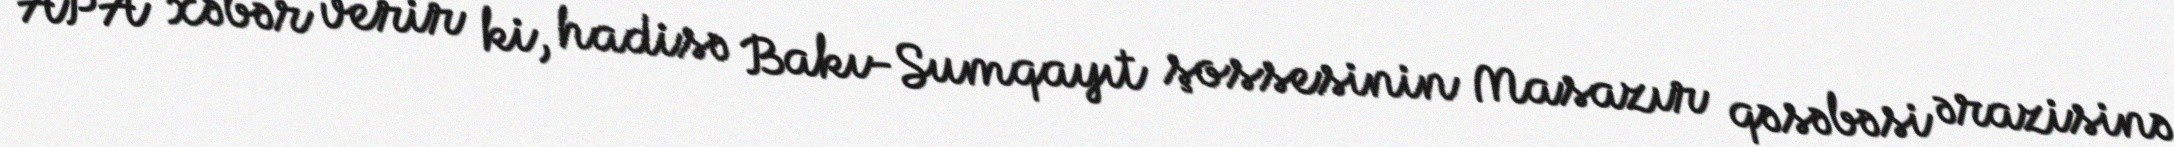
APA xəbər verir ki, hadisə Bakı-Sumqayıt şossesinin Masazır qəsəbəsi ərazisinə